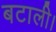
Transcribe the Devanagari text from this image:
बटाली।